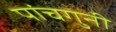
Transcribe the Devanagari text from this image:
पांचगुनी